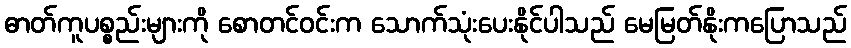
ဓာတ်ကူပစ္စည်းများကို စောတင်ဝင်းက သောက်သုံးပေးနိုင်ပါသည် မေမြတ်နိုးကပြောသည်